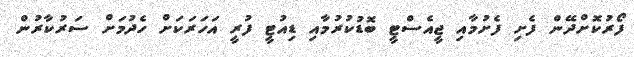
ފޯރުކޮށްދޭން ފެށި ފެށުމާއި ޖީއެސްޓީ ބޮޑުކުރުމާއި ޑިއުޓީ ފުރީ އަހަރަކަށް ހެދުމަށް ސަރުކާރުން